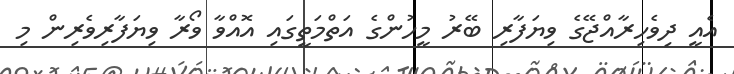
އެއީ ދިވެހިރާއްޖޭގެ ވިޔަފާރި ބޭރު މީހުންގެ އަތްމަތީގައި އޮއްވާ ވޯރާ ވިޔަފާރިވެރިން މި